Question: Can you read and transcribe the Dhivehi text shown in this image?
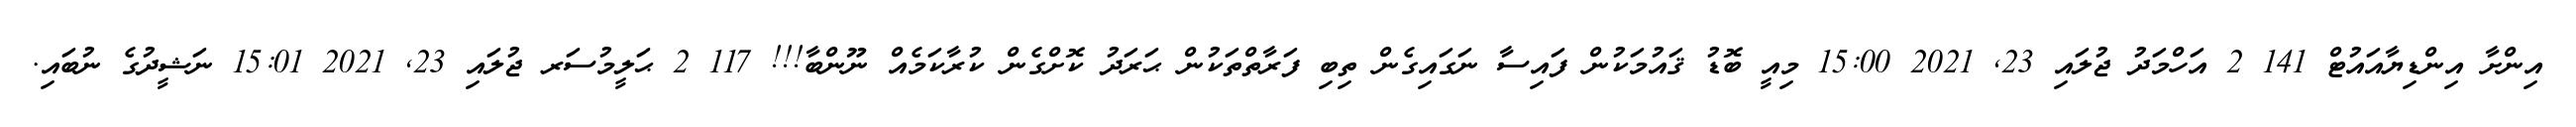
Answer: އިންށާ އިންޑިޔާއައުޓް 141 2 އަހްމަދު ޖުލައި 23, 2021 15:00 މިއީ ބޮޑު ޤައުމަކުން ފައިސާ ނަގައިގެން ތިބި ފަރާތްތަކުން ޙަރަދު ކޮށްގެން ކުރާކަމެއް ނޫންބާ!!! 117 2 ޙަލީމުސަރ ޖުލައި 23, 2021 15:01 ނަޝީދުގެ ނުބައި.